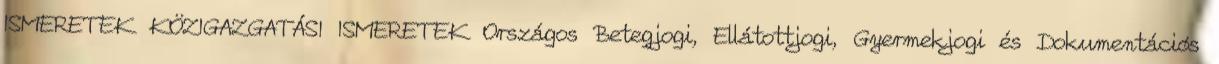
ISMERETEK KÖZIGAZGATÁSI ISMERETEK Országos Betegjogi, Ellátottjogi, Gyermekjogi és Dokumentációs